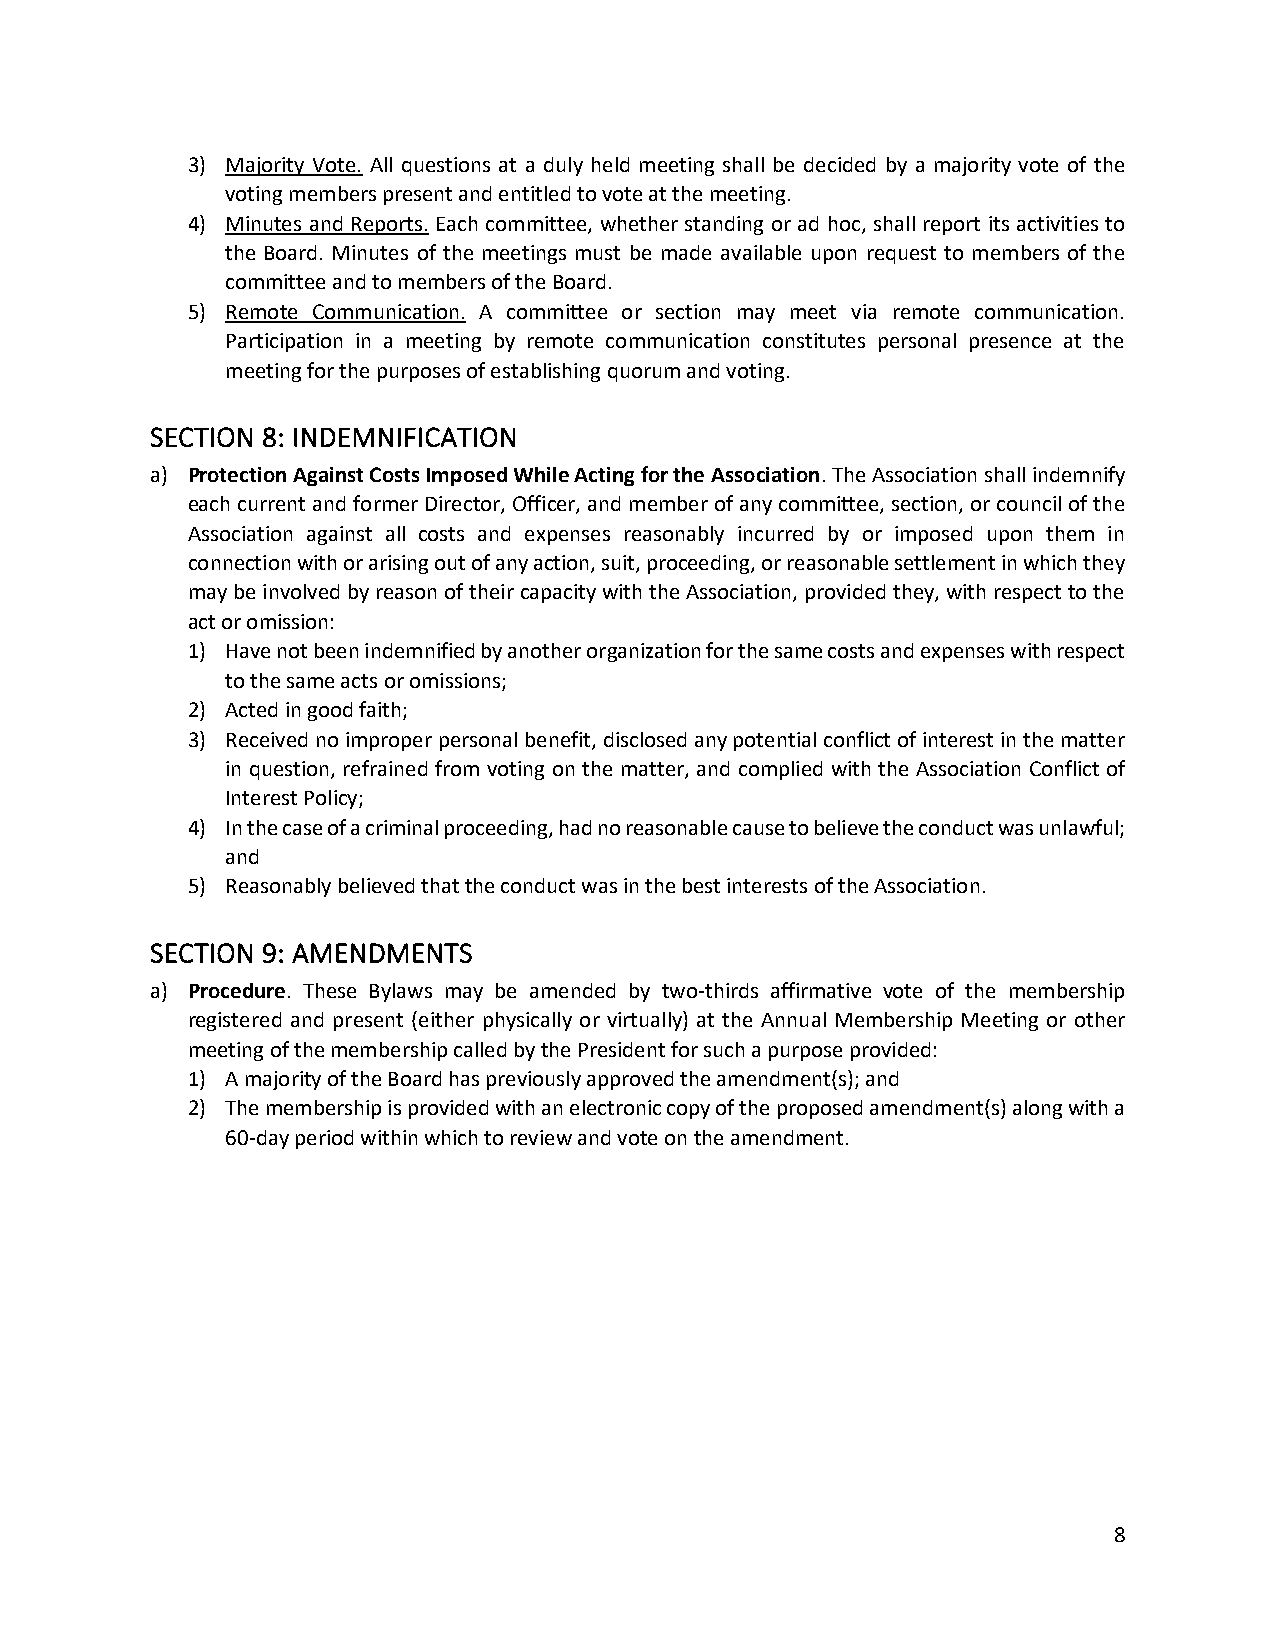
3) Majority Vote. All questions at a duly held meeting shall be decided by a majority vote of the
 voting members present and entitled to vote at the meeting.
 4) Minutes and Reports. Each committee, whether standing or ad hoc, shall report its activities to
 the Board. Minutes of the meetings must be made available upon request to members of the
 committee and to members of the Board.
 5) Remote Communication. A committee or section may meet via remote communication.
 Participation in a meeting by remote communication constitutes personal presence at the
 meeting for the purposes of establishing quorum and voting.
 SECTION 8: INDEMNIFICATION
 a) Protection Against Costs Imposed While Acting for the Association. The Association shall indemnify
 each current and former Director, Officer, and member of any committee, section, or council of the
 Association against all costs and expenses reasonably incurred by or imposed upon them in
 connection with or arising out of any action, suit, proceeding, or reasonable settlement in which they
 may be involved by reason of their capacity with the Association, provided they, with respect to the
 act or omission:
 1) Have not been indemnified by another organization for the same costs and expenses with respect
 to the same acts or omissions;
 2) Acted in good faith;
 3) Received no improper personal benefit, disclosed any potential conflict of interest in the matter
 in question, refrained from voting on the matter, and complied with the Association Conflict of
 Interest Policy;
 4) In the case of a criminal proceeding, had no reasonable cause to believe the conduct was unlawful;
 and
 5) Reasonably believed that the conduct was in the best interests of the Association.
 SECTION 9: AMENDMENTS
 a) Procedure. These Bylaws may be amended by two-thirds affirmative vote of the membership
 registered and present (either physically or virtually) at the Annual Membership Meeting or other
 meeting of the membership called by the President for such a purpose provided:
 1) A majority of the Board has previously approved the amendment(s); and
 2) The membership is provided with an electronic copy of the proposed amendment(s) along with a
 60-day period within which to review and vote on the amendment.
 8